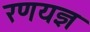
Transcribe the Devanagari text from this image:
रणयज्ञ